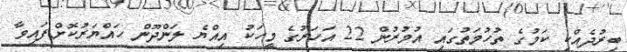
ބިރުދެއްކި ކަމުގެ ތުހުމަތުގައި އުމުރުން 22 އަހަރުގެ މީހަކު އިއްޔެ ލަންދޫން ހައްޔަރުކޮށްފައިވާ